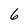
Character: 6